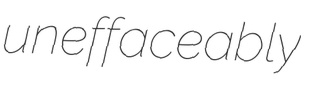
uneffaceably